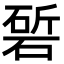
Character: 𮀰